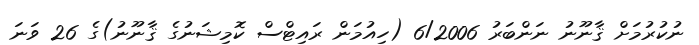
ނުކުރުމަށް ޤާނޫނު ނަންބަރު 6/2006 (ހިއުމަން ރައިޓްސް ކޮމިޝަނުގެ ޤާނޫނު)ގެ 26 ވަނަ